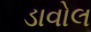
ડાવોલ